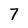
Character: 7